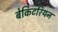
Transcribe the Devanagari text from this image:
बेकिटरियन